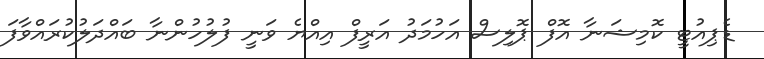
ޑެޕިއުޓީ ކޮމިޝަނާ އޮފް ޕޮލިސް އަހުމަދު އަރީފް އިއްޔެ ވަނީ ފުލުހުންނާ ބައްދަލުކުރައްވާފަ